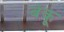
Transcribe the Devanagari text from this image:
बंकू